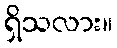
ရှိသလား။